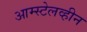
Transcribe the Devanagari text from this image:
आम्स्टेलव्हीन